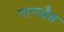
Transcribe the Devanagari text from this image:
नागवैस